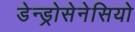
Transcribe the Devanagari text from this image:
डेन्ड्रोसेनेसियो